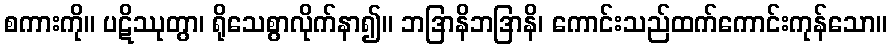
စကားကို။ ပဋိဿုတွာ၊ ရိုသေစွာလိုက်နာ၍။ ဘဒြာနိဘဒြာနိ၊ ကောင်းသည်ထက်ကောင်းကုန်သော။